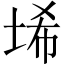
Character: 𱖱